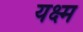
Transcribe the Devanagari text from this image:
यक्ष्म